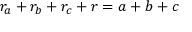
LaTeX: \displaystyle r _ { a } + r _ { b } + r _ { c } + r = a + b + c